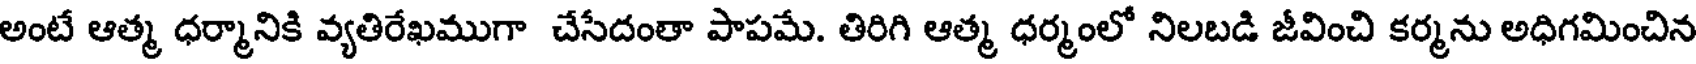
అంటే ఆత్మ ధర్మానికి వ్యతిరేఖముగా చేసేదంతా పాపమే. తిరిగి ఆత్మ ధర్మంలో నిలబడి జీవించి కర్మను అధిగమించిన